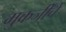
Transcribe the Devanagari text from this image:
मुकर्जींचे